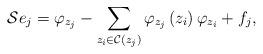
LaTeX: \begin{align*}\mathcal{S}e_{j}=\varphi_{z_{j}}-\sum_{z_{i}\in\mathcal{C}\left(z_{j}\right) }\varphi_{z_{j}}\left( z_{i}\right) \varphi_{z_{i}}+f_{j},\end{align*}